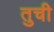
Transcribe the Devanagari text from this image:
तुची